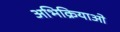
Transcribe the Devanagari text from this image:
अभिक्रियाओ